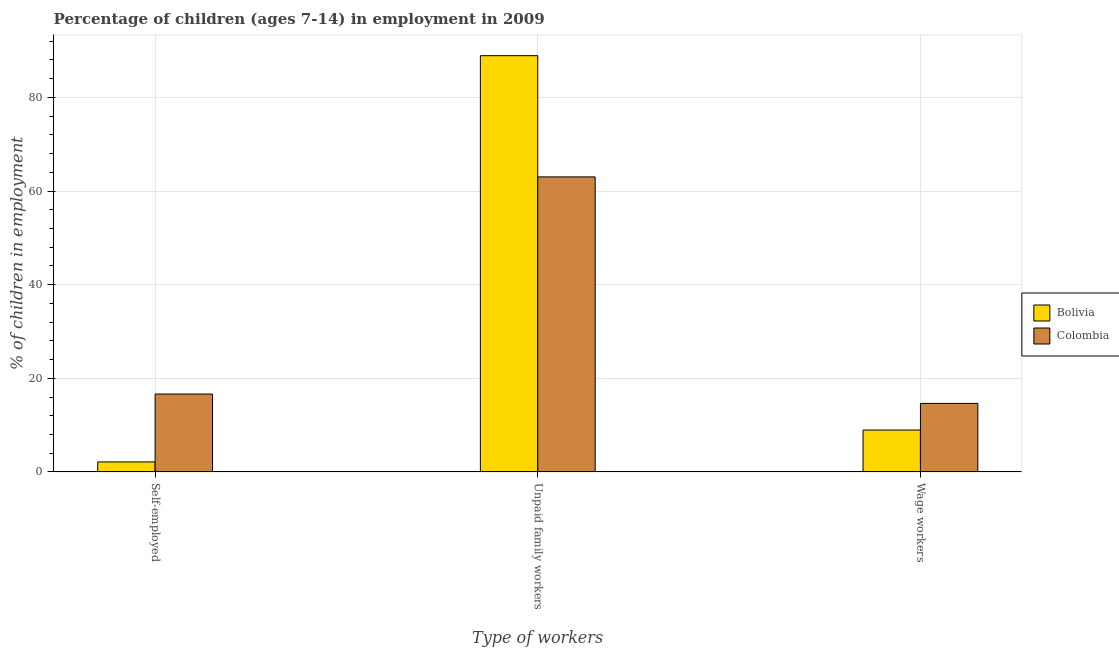
| Type of workers | Bolivia | Colombia |
 | --- | --- | --- |
 | Self-employed | 2.14 | 16.6 |
 | Unpaid family workers | 88.9 | 63 |
 | Wage workers | 8.95 | 14.6 |